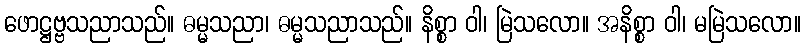
ဖောဋ္ဌဗ္ဗသညာသည်။ ဓမ္မသညာ၊ ဓမ္မသညာသည်။ နိစ္စာ ဝါ၊ မြဲသလော။ အနိစ္စာ ဝါ၊ မမြဲသလော။